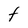
Character: t